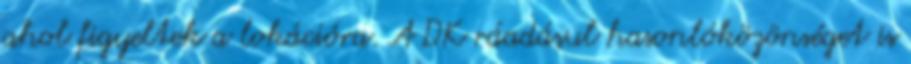
ahol figyeltek a lokációra. A DK ráadásul hasonlóközönséget is